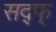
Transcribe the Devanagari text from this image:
सद्फ्